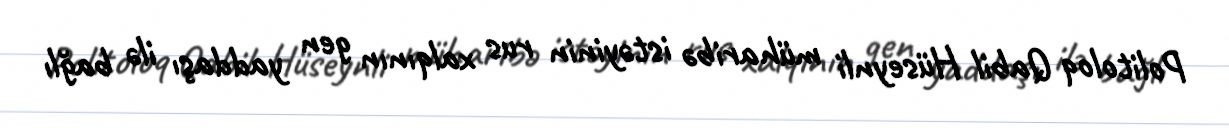
Politoloq Qabil Hüseynli müharibə istəyinin rus xalqının gen yaddaşı ilə bağlı